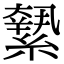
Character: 𦅬